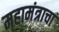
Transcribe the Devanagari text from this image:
महामंत्राचा